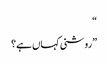
“
”روشنی کہاں ہے؟